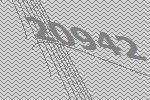
20942